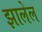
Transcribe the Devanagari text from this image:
झालेल